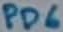
Text: PD6